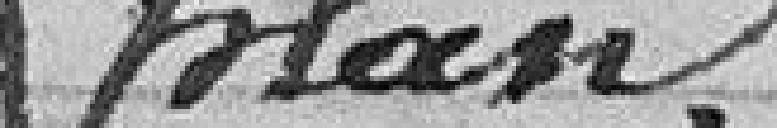
plan